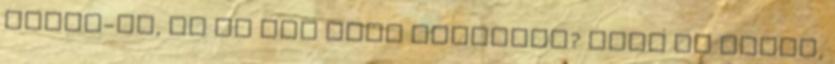
Banks-et, ha az nem ránt fegyvert? Négy év múlva,